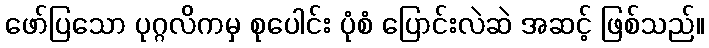
ဖော်ပြသော ပုဂ္ဂလိကမှ စုပေါင်း ပုံစံ ပြောင်းလဲဆဲ အဆင့် ဖြစ်သည်။